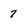
Character: 7